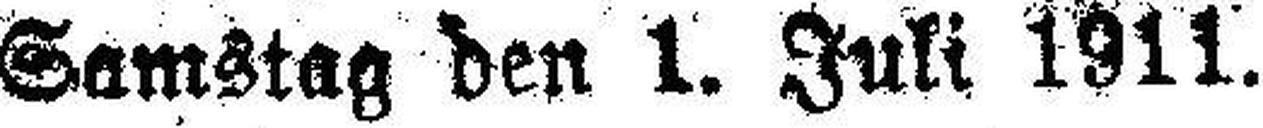
Samstag den 1. Juli 1911.